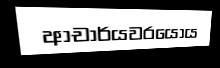
ආචාර්යවරයෝය